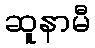
ဆူနာမီ